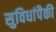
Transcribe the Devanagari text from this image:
सुविधांपैकी